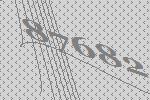
87682